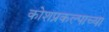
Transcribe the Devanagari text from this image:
कोशप्रकल्पाच्या